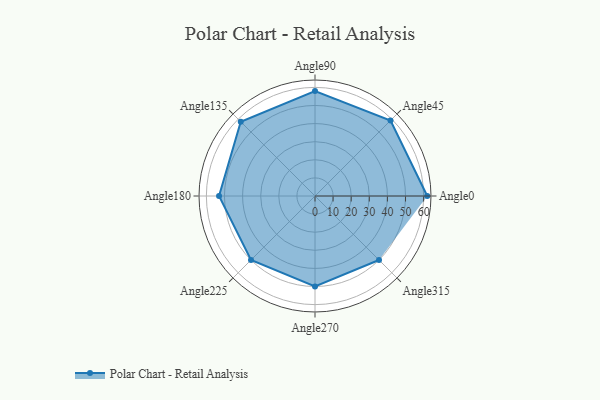
{"axis": {"x": "Angle", "y": "Radius"}, "legend": [""], "data": [{"x": "Angle0", "y": 62.0, "type": ""}, {"x": "Angle45", "y": 59.0, "type": ""}, {"x": "Angle90", "y": 58.0, "type": ""}, {"x": "Angle135", "y": 58.0, "type": ""}, {"x": "Angle180", "y": 53.0, "type": ""}, {"x": "Angle225", "y": 50, "type": ""}, {"x": "Angle270", "y": 50, "type": ""}, {"x": "Angle315", "y": 50, "type": ""}]}